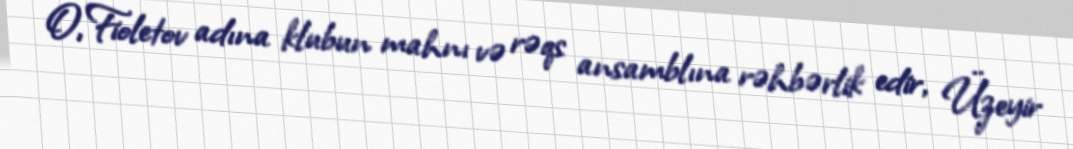
O, Fioletov adına klubun mahnı və rəqs ansamblına rəhbərlik edir, Üzeyir